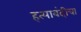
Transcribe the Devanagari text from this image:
हत्याबंदीचा